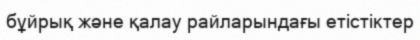
бұйрық және қалау райларындағы етістіктер